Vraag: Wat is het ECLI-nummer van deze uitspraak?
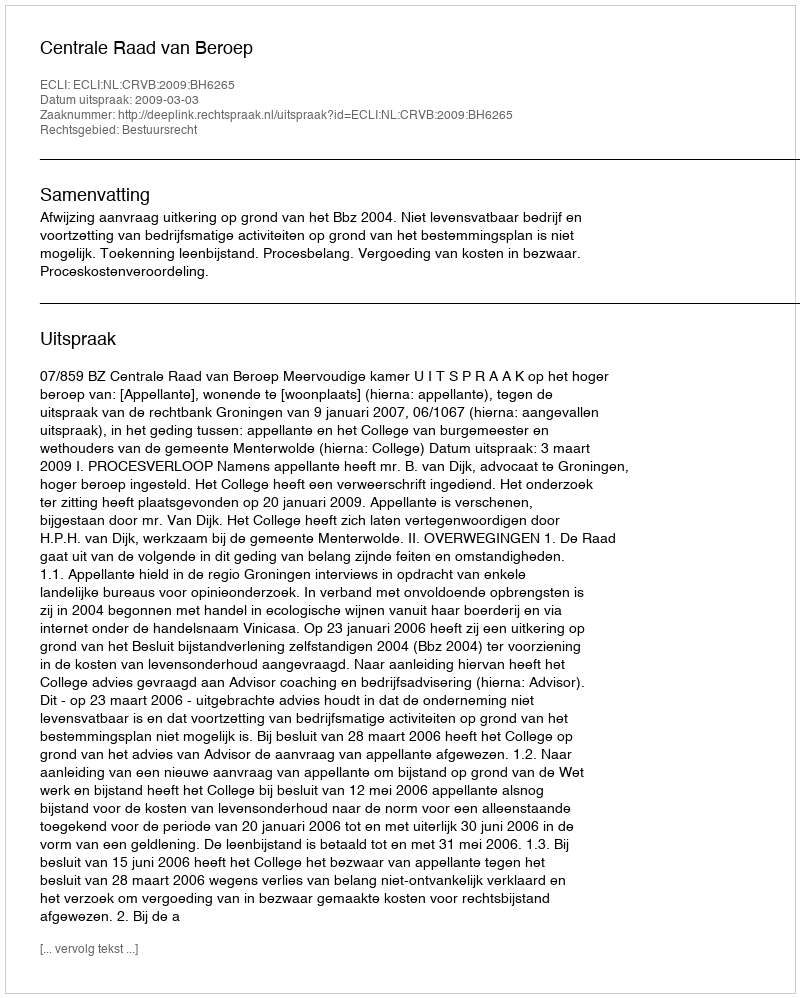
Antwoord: ECLI:NL:CRVB:2009:BH6265